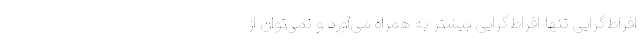
افراط‌گرایی تنها افراط‌گرایی بیشتر به همراه می‌آورد و نمی‌توان از